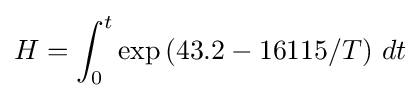
H=\int _{0}^{t}\exp \left(43.2-16115/T\right)\,dt